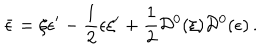
\bar { \epsilon } = \xi \epsilon ^ { \prime } - \frac { 1 } { 2 } \epsilon \xi ^ { \prime } + \frac { 1 } { 2 } { \cal D } ^ { 0 } ( \xi ) { \cal D } ^ { 0 } ( \epsilon ) \, .